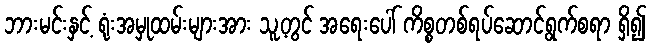
ဘားမင်းနှင့် ရုံးအမှုထမ်းများအား သူ့တွင် အရေးပေါ် ကိစ္စတစ်ရပ်ဆောင်ရွက်စရာ ရှိ၍